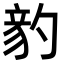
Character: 𥪈